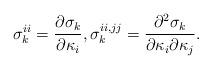
LaTeX: \begin{align*}\sigma_{k}^{ii}=\frac{\partial \sigma_k}{\partial \kappa_i},\sigma_{k}^{ii,jj}=\frac{\partial^2 \sigma_{k}}{\partial \kappa_i\partial\kappa_j}.\end{align*}